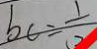
b c = \frac { 1 } { 2 }